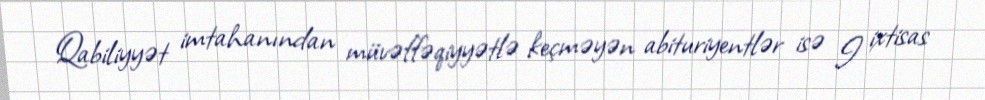
Qabiliyyət imtahanından müvəffəqiyyətlə keçməyən abituriyentlər isə I ixtisas